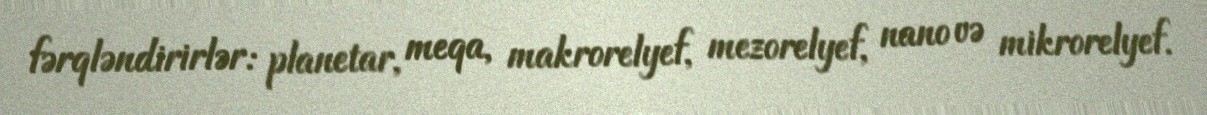
fərqləndirirlər: planetar, meqa, makrorelyef, mezorelyef, nano və mikrorelyef.